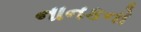
નાનકનો